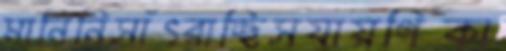
মানিনিসাঁৎরাচ্ছিসযায়গিকা